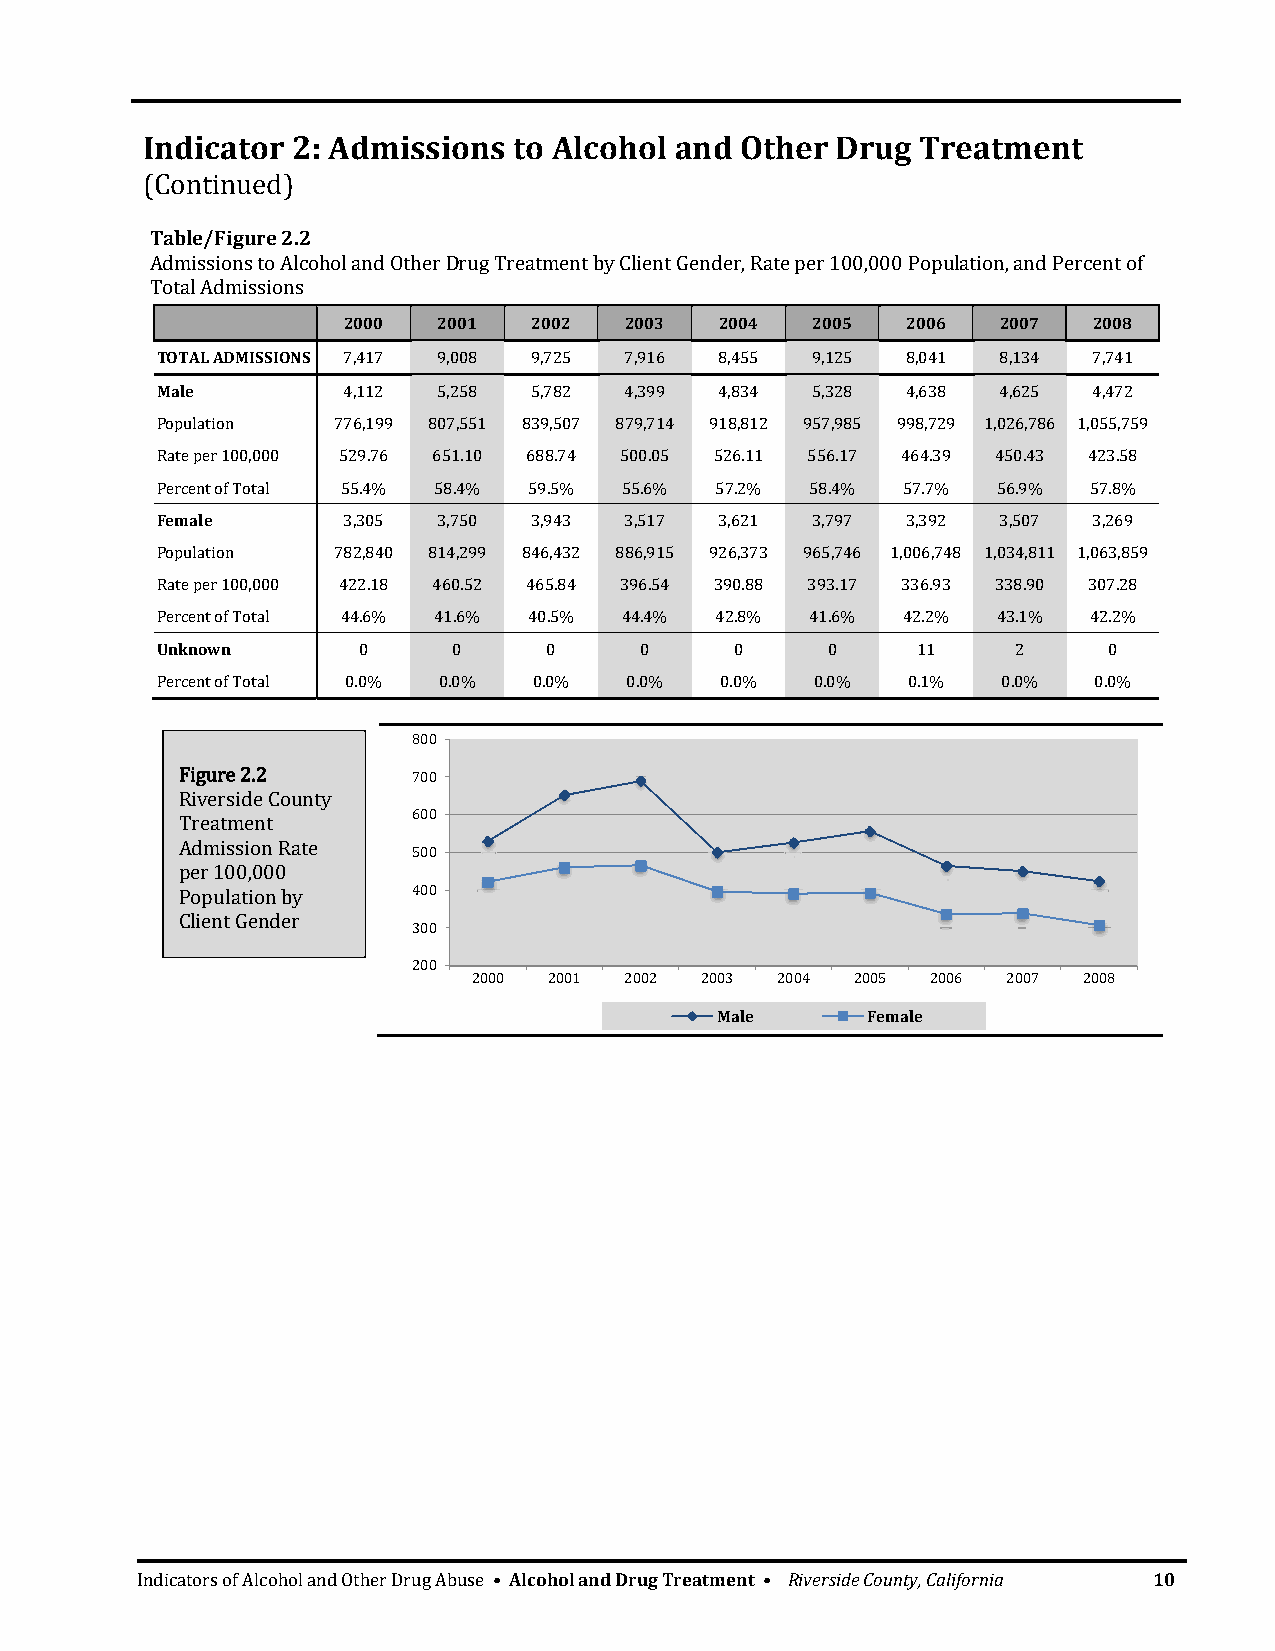
Indicator 2: Admissions  to Alcohol and Other Drug  Treatment
 (Continued)
 Table/Figure 2.2
 Admissions to Alcohol and Other Drug Treatment by Client Gender, Rate per 100,000 Population, and Percent of
 Total Admissions
 2000  2001  2002  2003   2004  2005  2006  2007  2008
 TOTAL ADMISSIONS 7,417 9,008 9,725 7,916 8,455 9,125 8,041 8,134 7,741
 Male         4,112 5,258 5,782 4,399  4,834 5,328 4,638 4,625 4,472
 Population  776,199 807,551 839,507 879,714 918,812 957,985 998,729 1,026,786 1,055,759
 Rate per 100,000 529.76 651.10 688.74 500.05 526.11 556.17 464.39 450.43 423.58
 Percent of Total 55.4% 58.4% 59.5% 55.6% 57.2% 58.4% 57.7% 56.9% 57.8%
 Female       3,305 3,750 3,943 3,517  3,621 3,797 3,392 3,507 3,269
 Population  782,840 814,299 846,432 886,915 926,373 965,746 1,006,748 1,034,811 1,063,859
 Rate per 100,000 422.18 460.52 465.84 396.54 390.88 393.17 336.93 338.90 307.28
 Percent of Total 44.6% 41.6% 40.5% 44.4% 42.8% 41.6% 42.2% 43.1% 42.2%
 Unknown       0     0     0     0      0     0     11    2     0
 Percent of Total 0.0% 0.0% 0.0% 0.0%  0.0%  0.0%  0.1%  0.0%  0.0%
 800
 Figure 2.2     700
 Riverside County
 Treatment      600
 Admission Rate
 500
 per 100,000
 Population by  400
 Client Gender
 300
 200
 2000 2001 2002 2003 2004  2005 2006 2007 2008
 Male      Female
 Indicators of Alcohol and Other Drug Abuse • Alcohol and Drug Treatment • Riverside County, California 10